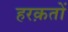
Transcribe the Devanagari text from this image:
हरक़तों